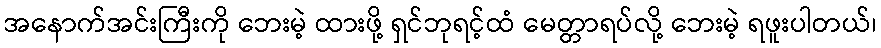
အနောက်အင်းကြီးကို ဘေးမဲ့ ထားဖို့ ရှင်ဘုရင့်ထံ မေတ္တာရပ်လို့ ဘေးမဲ့ ရဖူးပါတယ်၊